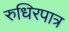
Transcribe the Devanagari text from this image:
रुधिरपात्र